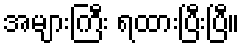
အများကြီး ရထားပြီးပြီ။